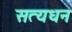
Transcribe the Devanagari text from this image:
सत्यधन